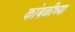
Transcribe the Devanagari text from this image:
कांबळीच्या